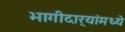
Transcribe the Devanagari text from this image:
भागीदार्‍यांमध्ये